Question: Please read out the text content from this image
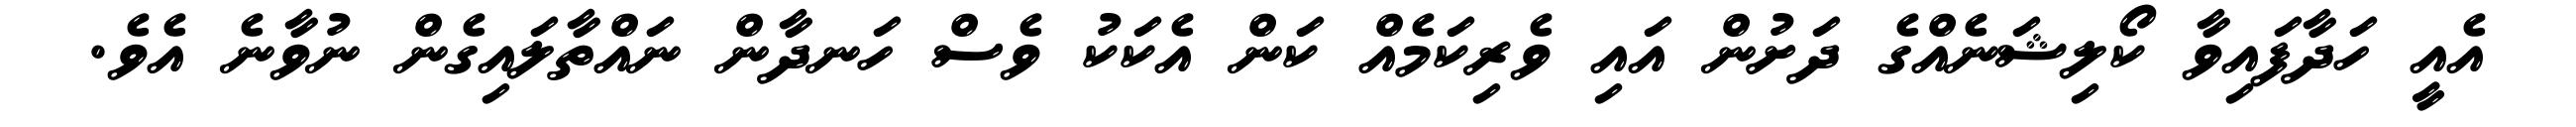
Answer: އެއީ ހަދާފައިވާ ކޯލިޝަނެއްގެ ދަށުން އައި ވެރިކަމެއް ކަން އެކަކު ވެސް ހަނދާން ނައްތާލައިގެން ނުވާނެ އެވެ.